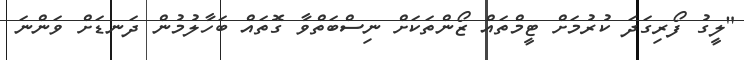
"ލީގު ފޯރިގަދަ ކުރުމަށް ޓީމްތައް ޒޯންތަކަށް ނިސްބަތްވާ ގޮތައް ބަހާލުމުން ދަނޑަށް ވަންނަ